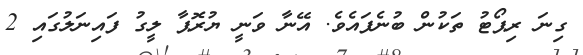
ގިނަ ރިޕޯޓު ތަކުން ބުނެފައެވެ. އޭނާ ވަނީ ޔުރޮޕާ ލީގު ފައިނަލުގައި 2